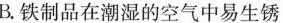
B.铁制品在潮湿的空气中易生锈